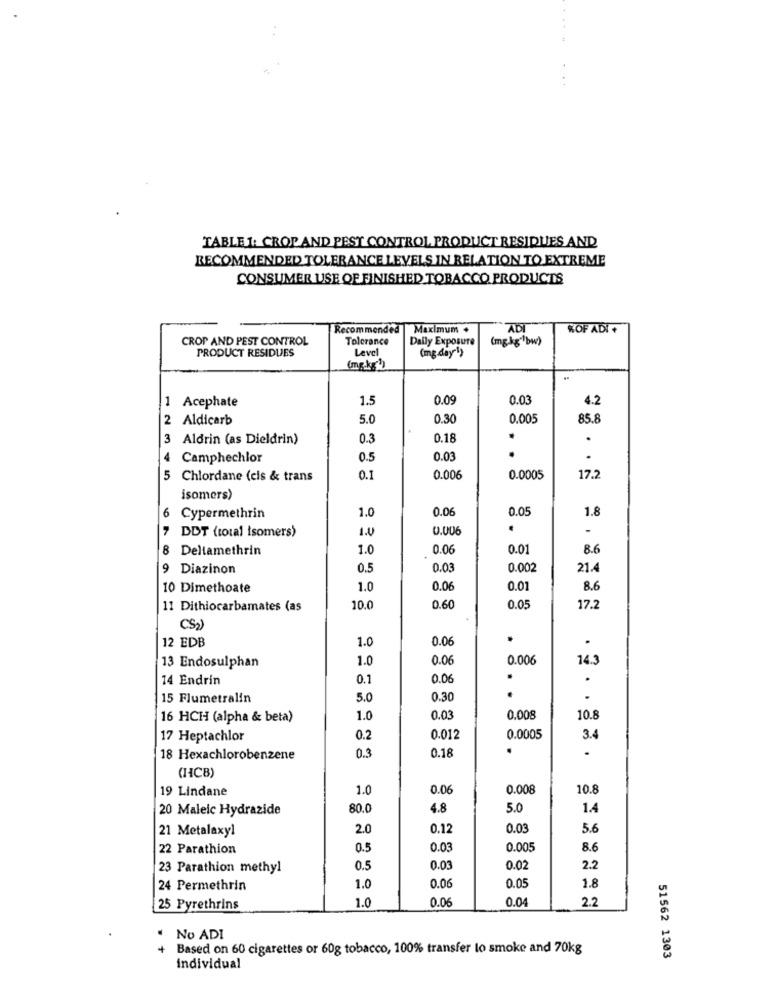
TABLE 1: CROP AND PEST CONTROL PRODUCT RESIDUES AND
RECOMMENDED TOLERANCE LEVELS IN RELATION TO EXTREME
CONSUMER USE OF FINISHED TOBACCO PRODUCTS
Recommended
Maximum .
ADI
KOF ADI +
CROP AND PEST CONTROL
Tolerance
Daily Exposure
(mg.kg" bw)
PRODUCT RESIDUES
Leve
(mg day"1)
(mg.kg')
1.5
0.09
0.03
4.2
1 Acephate
2 Aldicarb
5.0
0.30
0.005
85.8
Aldrin (as Dieldrin)
0.3
0.18
.
4 Camphechlor
0.5
0.03
.
5 Chlordane (cis & trans
0.1
0.006
0.0005
17.
isomers)
6
1.0
0.0
0.05
Cypermethrin
1.8
1.0
0.006
.
-
DDT (total isomers)
8
Deltamethrin
1.0
0.06
0.01
8.6
9 Diazinon
0.5
0.03
0.002
21.4
10 Dimethoate
1.0
0.06
0.0
8.6
11 Dithiocarbamates (as
10.0
0.60
0.05
17.
CS2
12 EDB
1.0
0.06
.
1.0
0.00
0.006
14.3
13 Endosulphan
14 Endrin
0.1
0.06
.
15 Flumetralin
5.0
0.30
16 HCH (alpha & beta)
1.0
0.03
0.008
10.8
17 Heptachlor
0.2
0.012
0.0005
3.4
.
18 Hexachlorobenzene
0.3
0.18
(HCB)
19 Lindane
1.0
0.06
0.008
10.8
20 Maleic Hydrazide
80.0
4.8
5.0
1.4
21 Metalaxyl
2.0
0.12
0.0
5.6
22 Parathion
0.5
0.03
0.005
8.6
23 Parathion methyl
0.5
0.03
0.02
2.2
0.06
1.8
24 Permethrin
1.0
0.0
1.0
0.06
0.04
2.2
25 Pyrethrins
No ADI
Based on 60 cigarettes or 60g tobacco, 100% transfer lo smoke and 70kg
51562 1303
individual